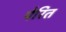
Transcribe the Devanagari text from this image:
पेरित